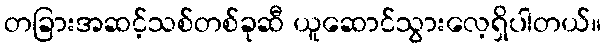
တခြားအဆင့်သစ်တစ်ခုဆီ ယူဆောင်သွားလေ့ရှိပါတယ်။